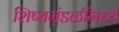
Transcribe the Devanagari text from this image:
शिष्यमंडळींमध्ये